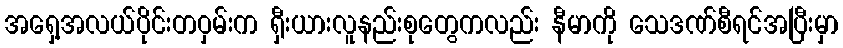
အရှေ့အလယ်ပိုင်းတဝှမ်းက ရှီးယားလူနည်းစုတွေကလည်း နီမာကို သေဒဏ်စီရင်အပြီးမှာ